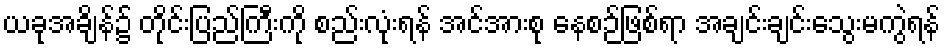
ယခုအချိန်၌ တိုင်းပြည်ကြီးကို စည်းလုံးရန် အင်အားစု နေစဉ်ဖြစ်ရာ အချင်းချင်းသွေးမကွဲရန်